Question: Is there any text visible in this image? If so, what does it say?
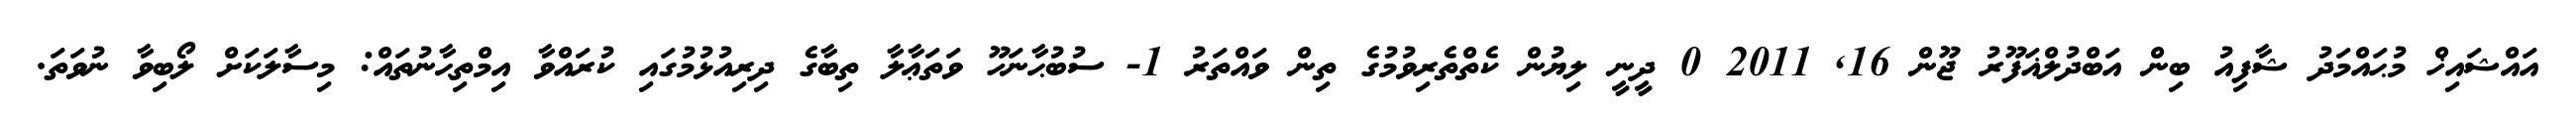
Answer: އައްޝައިޚް މުޙައްމަދު ޝާފިއު ބިން އަބްދުލްޣަފޫރު ޖޫން 16, 2011 0 ދީނީ ލިޔުން ކެތްތެރިވުމުގެ ތިން ވައްތަރު 1- ސުބުޙާނަހޫ ވަތަޢާލާ ތިބާގެ ދިރިއުޅުމުގައި ކުރައްވާ އިމްތިޙާނުތައް: މިސާލަކަށް ލޯބިވާ ނުވަތަ.